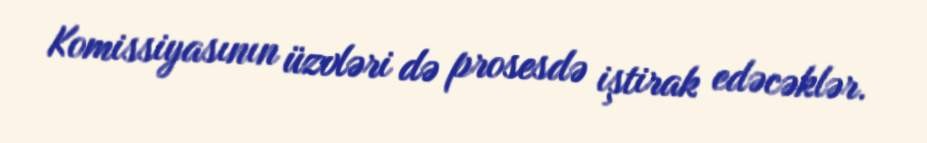
Komissiyasının üzvləri də prosesdə iştirak edəcəklər.